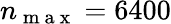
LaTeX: n_{\mathrm{~m~a~x~}}=6400